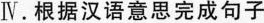
Ⅳ.根据汉语意思完成句子